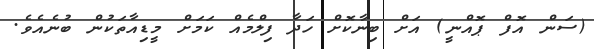
(ސަން އޮފް ޕޮއްނީ) އަށް ބިނާކޮށް ހަދާ ފިލްމެއް ކަމަށް މީޑިއާތަކުން ބުނެއެވެ.